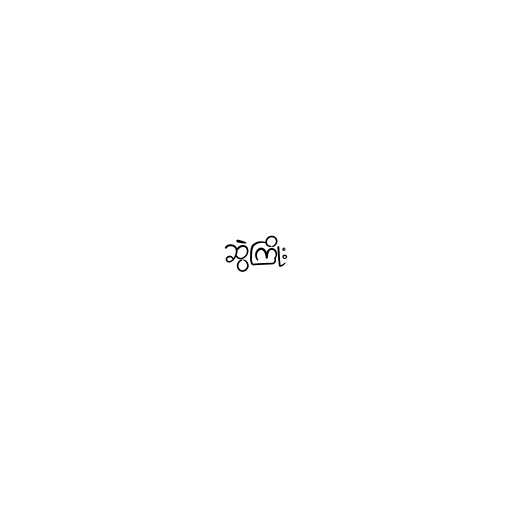
ဆွဲကြိုး